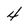
Character: 4